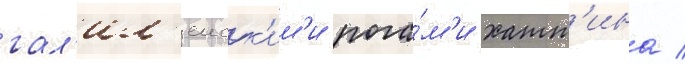
гал'ил'еиск'им'и рога́м'и хатт'ина /